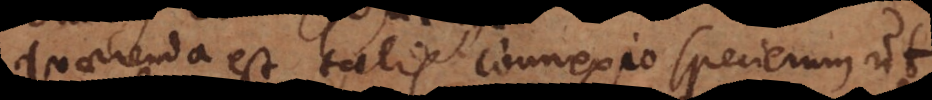
Quaerenda est talis connexio specierum ut